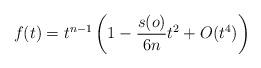
LaTeX: \begin{align*} f(t) = t^{n-1}\left( 1 - \frac{s(o)}{6n} t^2 + O(t^4) \right) \end{align*}